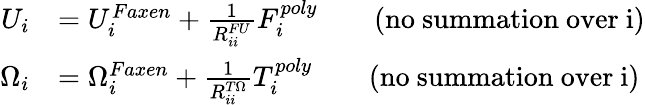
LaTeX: \begin{array}{rl}{U_{i}}&{=U_{i}^{Faxen}+\frac{1}{R_{ii}^{FU}}F_{i}^{poly}\qquad\mathrm{(no~summation~over~i)}}\\ {\Omega_{i}}&{=\Omega_{i}^{Faxen}+\frac{1}{R_{ii}^{T\Omega}}T_{i}^{poly}\qquad\mathrm{(no~summation~over~i)}}\end{array}